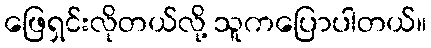
ဖြေရှင်းလိုတယ်လို့ သူကပြောပါတယ်။